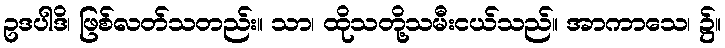
ဥဒပါဒိ၊ ဖြစ်လတ်သတည်း။ သာ၊ ထိုသတို့သမီးငယ်သည်။ အာကာသေ၊ ၌။